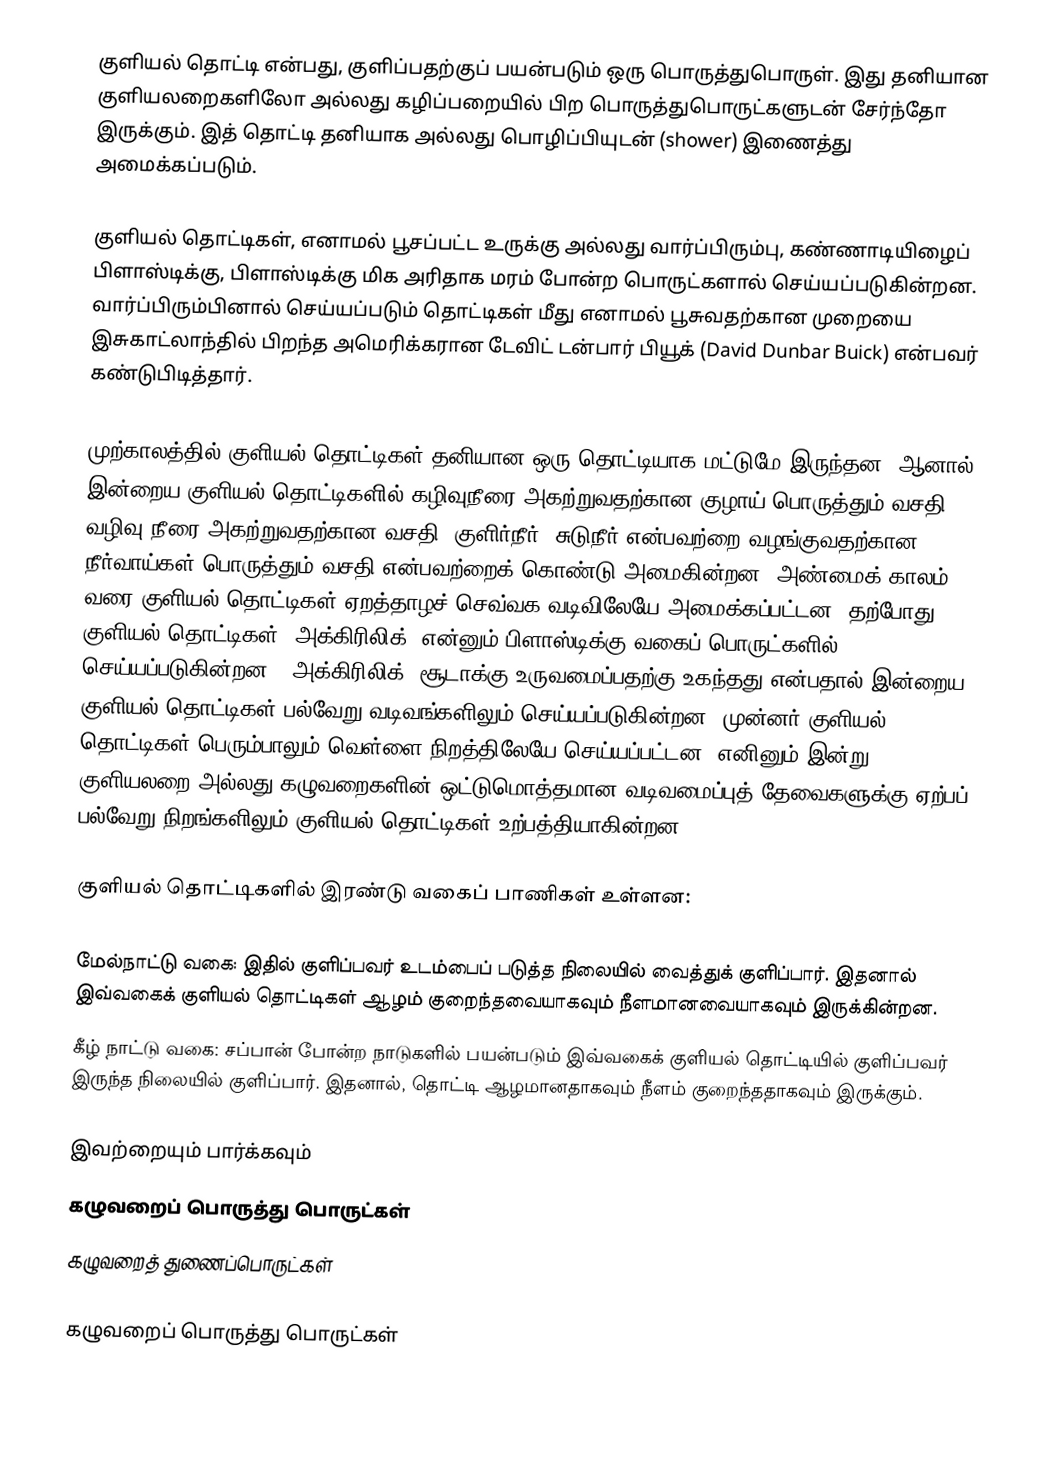
குளியல் தொட்டி என்பது, குளிப்பதற்குப் பயன்படும் ஒரு பொருத்துபொருள். இது தனியான குளியலறைகளிலோ அல்லது கழிப்பறையில் பிற பொருத்துபொருட்களுடன் சேர்ந்தோ இருக்கும். இத் தொட்டி தனியாக அல்லது பொழிப்பியுடன் (shower) இணைத்து அமைக்கப்படும்.

குளியல் தொட்டிகள், எனாமல் பூசப்பட்ட உருக்கு அல்லது வார்ப்பிரும்பு, கண்ணாடியிழைப் பிளாஸ்டிக்கு, பிளாஸ்டிக்கு மிக அரிதாக மரம் போன்ற பொருட்களால் செய்யப்படுகின்றன. வார்ப்பிரும்பினால் செய்யப்படும் தொட்டிகள் மீது எனாமல் பூசுவதற்கான முறையை இசுகாட்லாந்தில் பிறந்த அமெரிக்கரான டேவிட் டன்பார் பியூக் (David Dunbar Buick) என்பவர் கண்டுபிடித்தார்.

முற்காலத்தில் குளியல் தொட்டிகள் தனியான ஒரு தொட்டியாக மட்டுமே இருந்தன. ஆனால் இன்றைய குளியல் தொட்டிகளில் கழிவுநீரை அகற்றுவதற்கான குழாய் பொருத்தும் வசதி, வழிவு நீரை அகற்றுவதற்கான வசதி, குளிர்நீர், சுடுநீர் என்பவற்றை வழங்குவதற்கான நீர்வாய்கள் பொருத்தும் வசதி என்பவற்றைக் கொண்டு அமைகின்றன. அண்மைக் காலம் வரை குளியல் தொட்டிகள் ஏறத்தாழச் செவ்வக வடிவிலேயே அமைக்கப்பட்டன. தற்போது குளியல் தொட்டிகள் "அக்கிரிலிக்" என்னும் பிளாஸ்டிக்கு வகைப் பொருட்களில் செய்யப்படுகின்றன. "அக்கிரிலிக்" சூடாக்கு உருவமைப்பதற்கு உகந்தது என்பதால் இன்றைய குளியல் தொட்டிகள் பல்வேறு வடிவங்களிலும் செய்யப்படுகின்றன. முன்னர் குளியல் தொட்டிகள் பெரும்பாலும் வெள்ளை நிறத்திலேயே செய்யப்பட்டன. எனினும் இன்று குளியலறை அல்லது கழுவறைகளின் ஒட்டுமொத்தமான வடிவமைப்புத் தேவைகளுக்கு ஏற்பப் பல்வேறு நிறங்களிலும் குளியல் தொட்டிகள் உற்பத்தியாகின்றன.

குளியல் தொட்டிகளில் இரண்டு வகைப் பாணிகள் உள்ளன:

 மேல்நாட்டு வகை: இதில் குளிப்பவர் உடம்பைப் படுத்த நிலையில் வைத்துக் குளிப்பார். இதனால் இவ்வகைக் குளியல் தொட்டிகள் ஆழம் குறைந்தவையாகவும் நீளமானவையாகவும் இருக்கின்றன.
 கீழ் நாட்டு வகை: சப்பான் போன்ற நாடுகளில் பயன்படும் இவ்வகைக் குளியல் தொட்டியில் குளிப்பவர் இருந்த நிலையில் குளிப்பார். இதனால், தொட்டி ஆழமானதாகவும் நீளம் குறைந்ததாகவும் இருக்கும்.

இவற்றையும் பார்க்கவும்
 கழுவறைப் பொருத்து பொருட்கள்
 கழுவறைத் துணைப்பொருட்கள்

கழுவறைப் பொருத்து பொருட்கள்